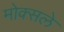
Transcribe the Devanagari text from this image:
मोक्सले